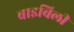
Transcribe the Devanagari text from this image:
बाइबिली